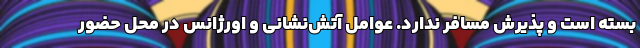
بسته است و پذیرش مسافر ندارد. عوامل آتش‌نشانی و اورژانس در محل حضور